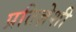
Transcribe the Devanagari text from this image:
प्रतिज्ञेशी